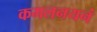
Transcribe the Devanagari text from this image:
कमलनयनं